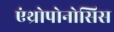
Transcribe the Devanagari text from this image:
एंथ्रोपोनोसिस